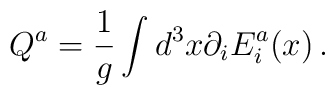
Q^a=\frac1{g}\int d^3x\partial_i E_i^a(x)\,.